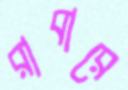
রাবারে